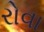
રોવા